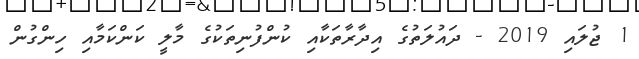
1 ޖުލައި 2019 - ދައުލަތުގެ އިދާރާތަކާއި ކުންފުނިތަކުގެ މާލީ ކަންކަމާއި ހިންގުން